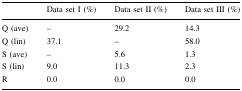
<table><thead><tr><td></td><td><b>Data set I (%)</b></td><td><b>Data set II (%)</b></td><td><b>Data set III (%)</b></td></tr></thead><tbody><tr><td>Q (ave)</td><td>–</td><td>29.2</td><td>14.3</td></tr><tr><td>Q (lin)</td><td>37.1</td><td>–</td><td>58.0</td></tr><tr><td>S (ave)</td><td>–</td><td>5.6</td><td>1.3</td></tr><tr><td>S (lin)</td><td>9.0</td><td>11.3</td><td>2.3</td></tr><tr><td>R</td><td>0.0</td><td>0.0</td><td>0.0</td></tr></tbody></table>